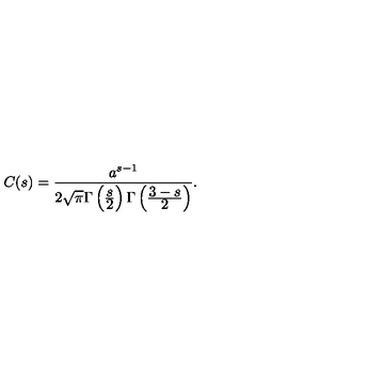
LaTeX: C ( s ) = \frac { a ^ { s - 1 } } { 2 \sqrt { \pi } \Gamma \left( \frac { \displaystyle s } { \displaystyle 2 } \right) \Gamma \left( \frac { \displaystyle 3 - s } { \displaystyle 2 } \right) } { . }